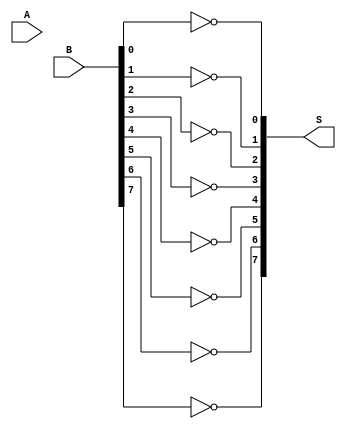
module two_comp_struct(A,B,S);
input [7:0] A,B;
output [7:0] S;

not n1(S[0],B[0]);
not n2(S[1],B[1]);
not n3(S[2],B[2]);
not n4(S[3],B[3]);
not n5(S[4],B[4]);
not n6(S[5],B[5]);
not n7(S[6],B[6]);
not n8(S[7],B[7]);

endmodule